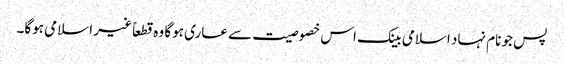
پس جو نام نہاد اسلامی بینک اس خصوصیت سے عاری ہوگا وہ قطعاً غیر اسلامی ہوگا۔